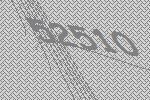
52510